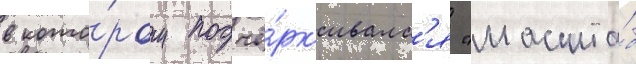
в кото́ром подчё́рк'ивалс'я "масшта́б